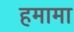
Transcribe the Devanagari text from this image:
हमामा